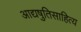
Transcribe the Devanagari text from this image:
आद्यषुतिसाहित्य